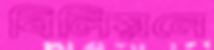
বিলিয়নে